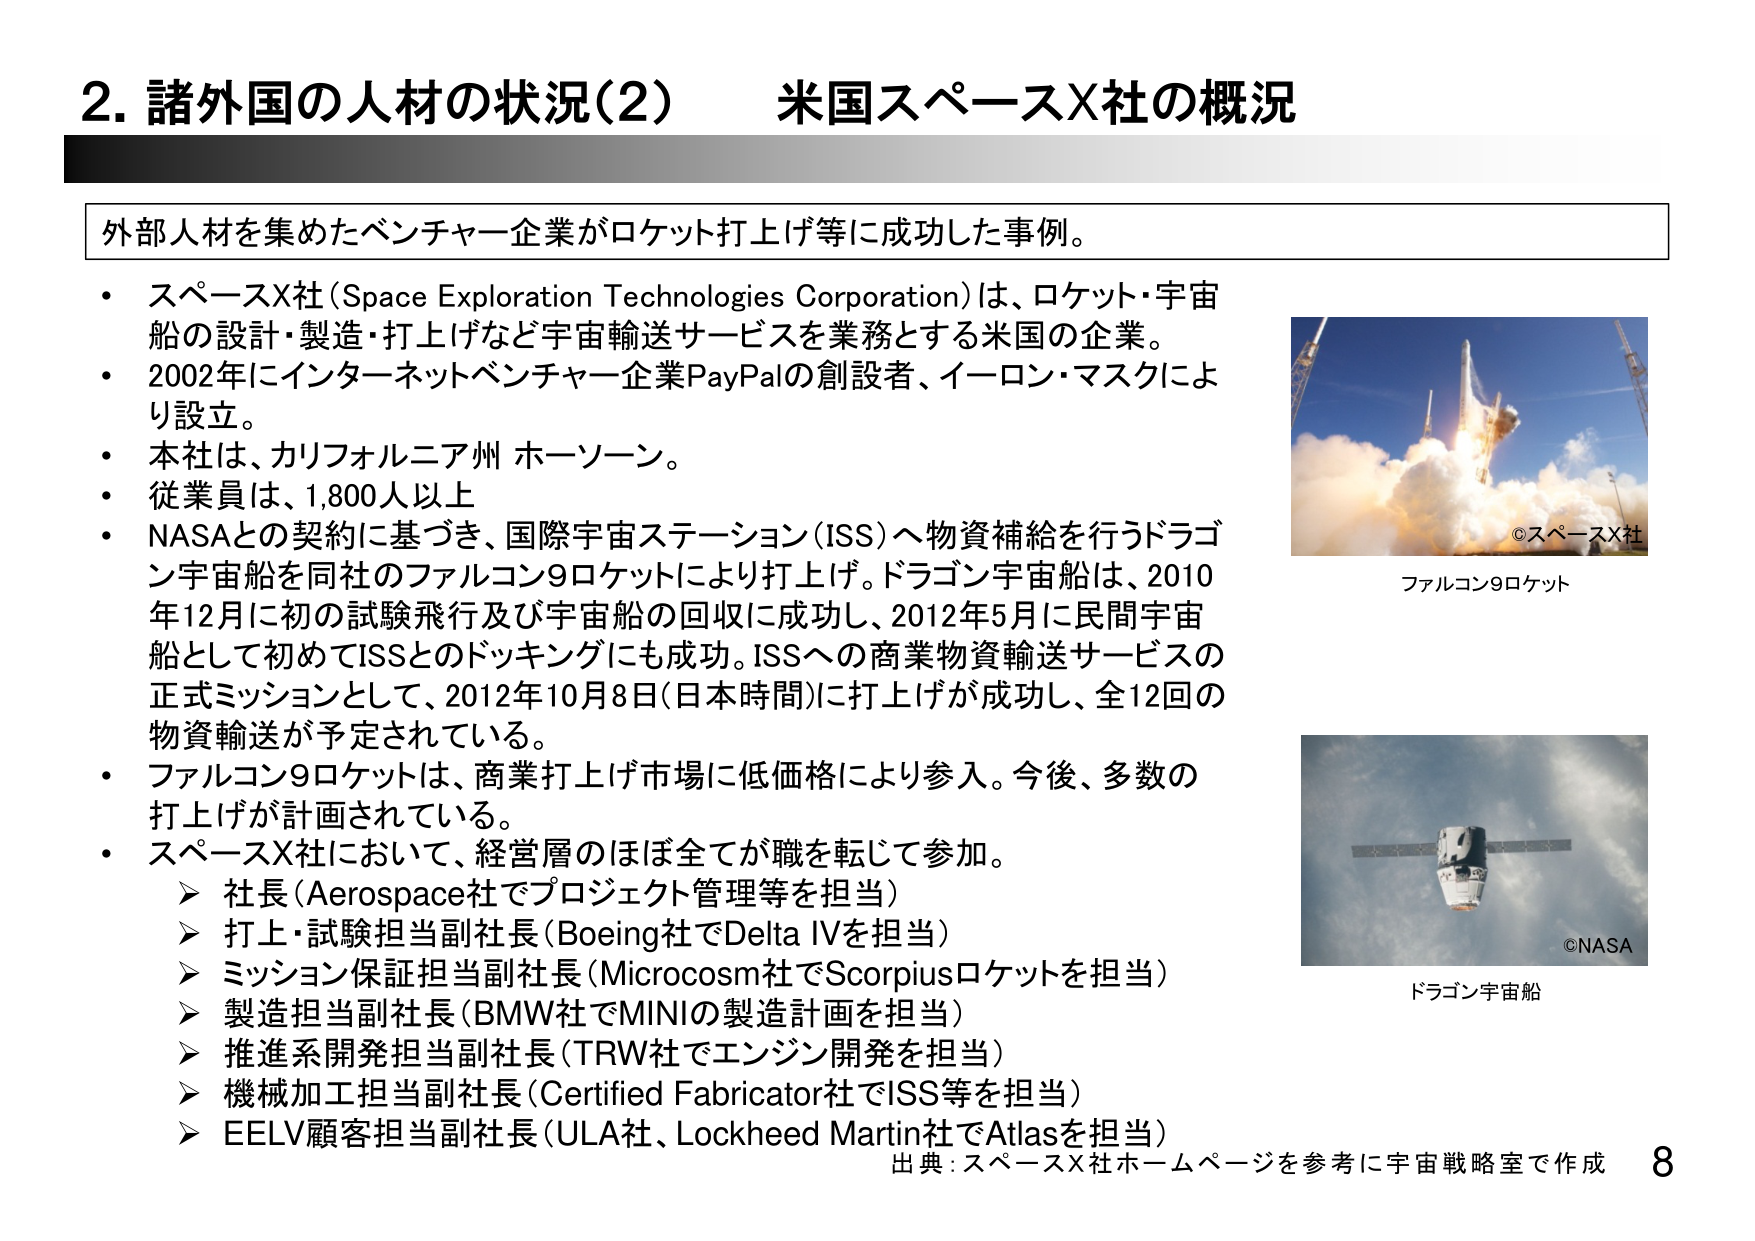
2. 諸外国の人材の状況(2) 米国スペースX社の概況

外部人材を集めたベンチャー企業がロケット打上げ等に成功した事例。

・スペースX社(Space Exploration Technologies Corporation)は、ロケット・宇宙船の設計・製造・打上げなど宇宙輸送サービスを業務とする米国の企業。
・2002年にインターネットベンチャー企業PayPalの創設者、イーロン・マスクにより設立。
・本社は、カリフォルニア州 ホーソーン。
・従業員は、1,800人以上
・NASAとの契約に基づき、国際宇宙ステーション(ISS)へ物資補給を行うドラゴン宇宙船を同社のファルコン9ロケットにより打上げ。ドラゴン宇宙船は、2010年12月に初の試験飛行及び宇宙船の回収に成功し、2012年5月に民間宇宙船として初めてISSとのドッキングにも成功。ISSへの商業物資輸送サービスの正式ミッションとして、2012年10月8日(日本時間)に打上げが成功し、全12回の物資輸送が予定されている。
・ファルコン9ロケットは、商業打上げ市場に低価格により参入。今後、多数の打上げが計画されている。
・スペースX社において、経営層のほぼ全てが職を転じて参加。
　▷ 社長(Aerospace社でプロジェクト管理等を担当)
　▷ 打上・試験担当副社長(Boeing社でDelta IVを担当)
　▷ ミッション保証担当副社長(Microcosm社でScorpiusロケットを担当)
　▷ 製造担当副社長(BMW社でMINIの製造計画を担当)
　▷ 推進系開発担当副社長(TRW社でエンジン開発を担当)
　▷ 機械加工担当副社長(Certified Fabricator社でISS等を担当)
　▷ EELV顧客担当副社長(ULA社、Lockheed Martin社でAtlasを担当)

©スペースX社
ファルコン9ロケット

©NASA
ドラゴン宇宙船

出典：スペースX社ホームページを参考に宇宙戦略室で作成 8